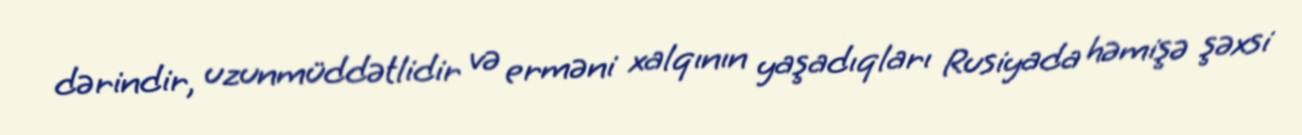
dərindir, uzunmüddətlidir və erməni xalqının yaşadıqları Rusiyada həmişə şəxsi